Indian journal of veterinary science and animal husbandry - Volume 3,
Year: 1933
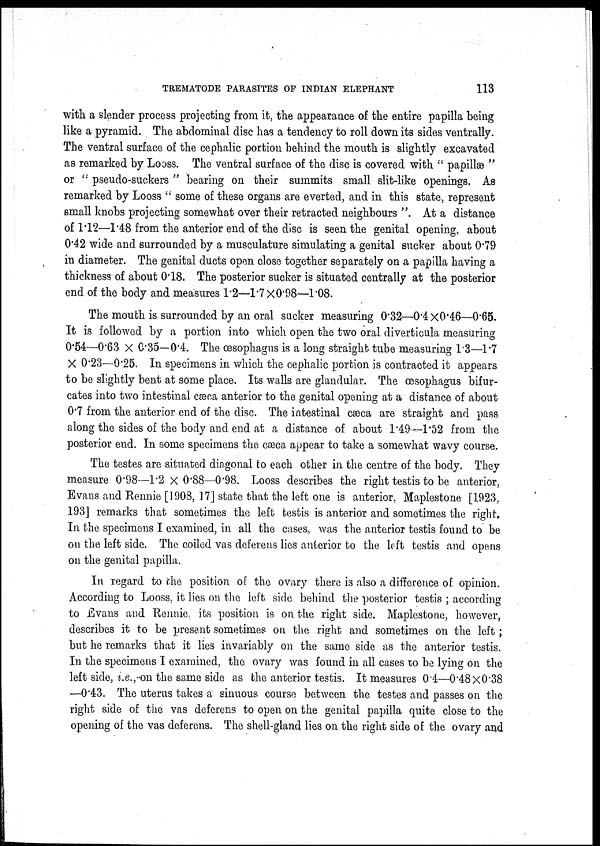
TREMATODE PARASITES OF INDIAN ELEPHANT
113
with a slender process projecting from it, the appearance of the entire papilla being
like a pyramid. The abdominal disc has a tendency to roll down its sides ventrally.
The ventral surface of the cephalic portion behind the mouth is slightly excavated
as remarked by Looss. The ventral surface of the disc is covered with " papillæ "
or " pseudo-suckers " bearing on their summits small slit-like openings. As
remarked by Looss " some of these organs are everted, and in this state, represent
small knobs projecting somewhat over their retracted neighbours ". At a distance
of 1.12—1.48 from the anterior end of the disc is seen the genital opening, about
0.42 wide and surrounded by a musculature simulating a genital sucker about 0.79
in diameter. The genital ducts open close together separately on a papilla having a
thickness of about 0.18. The posterior sucker is situated centrally at the posterior
end of the body and measures 1.2—l.7×0.98—1.08.
The mouth is surrounded by an oral sucker measuring 0.32—0.4×0.46—0.65.
It is followed by a portion into which open the two oral diverticula measuring
0.54—0.63 × 0.35— 0.4. The œsophagus is a long straight tube measuring 1.3—1.7
× 0.23—0.25. In specimens in which the cephalic portion is contracted it appears
to be slightly bent at some place. Its walls are glandular. The œsophagus bifur-
cates into two intestinal cæca anterior to the genital opening at a distance of about
0.7 from the anterior end of the disc. The intestinal cæca are straight and pass
along the sides of the body and end at a distance of about 1.49—1.52 from the
posterior end. In some specimens the cæca appear to take a somewhat wavy course.
The testes are situated diagonal to each other in the centre of the body. They
measure 0.98—1.2 × 0.88—0.98. Looss describes the right testis to be anterior,
Evans and Rennie [1908, 17] state that the left one is anterior, Maplestone [1923,
193] remarks that sometimes the left testis is anterior and sometimes the right.
In the specimens I examined, in all the cases, was the anterior testis found to be
on the left side. The coiled vas deferens lies anterior to the left testis and opens
on the genital papilla.
In regard to the position of the ovary there is also a difference of opinion.
According to Looss, it lies on the left side behind the posterior testis ; according
to Evans and Rennie, its position is on the right side. Maplestone, however,
describes it to be present sometimes on the right and sometimes on the left ;
but he remarks that it lies invariably on the same side as the anterior testis.
In the specimens I examined, the ovary was found in all cases to be lying on the
left side, i.e., on the same side as the anterior testis. It measures 0.4—0.48×0.38
—0.43. The uterus takes a sinuous course between the testes and passes on the
right side of the vas deferens to open on the genital papilla quite close to the
opening of the vas deferens. The shell-gland lies on the right side of the ovary and